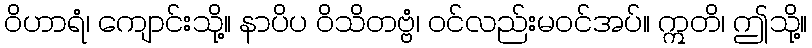
ဝိဟာရံ၊ ကျောင်းသို့။ နာပိပ ဝိသိတဗ္ဗံ၊ ဝင်လည်းမဝင်အပ်။ ဣတိ၊ ဤသို့။